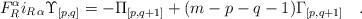
LaTeX: \begin{align*}F_R^\alpha i_{R\,\alpha} {\Upsilon}_{{[p,q]}} = - {\Pi}_{[p,q+1]} +(m-p-q-1) {\Gamma}_{{[p,q+1]}}\quad.\end{align*}